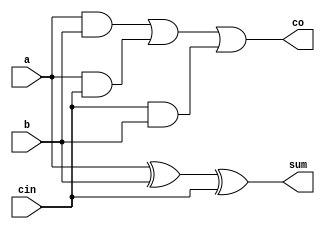
module full_adder(a,b,cin,sum,co);

input a,b,cin;
output sum,co;

assign sum=a^b^cin;
assign co=(a&b)|(a&cin)|(cin&b);

endmodule

module adder_4bit (a,b,cin,sum,cout);

output [3:0]sum;
output cout;

input [3:0]a;
input [3:0]b;
input cin;

  wire [2:0]c;

  full_adder u0 (a[0],b[0],cin,sum[0],c[0]);
  full_adder u1 (a[1],b[1],c[0],sum[1],c[1]);
  full_adder u2 (a[2],b[2],c[1],sum[2],c[2]);
  full_adder u3 (a[3],b[3],c[2],sum[3],cout);

endmodule